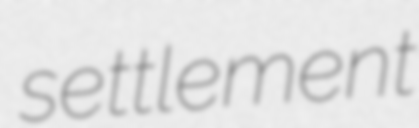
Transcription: settlement